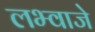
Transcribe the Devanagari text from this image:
लभ्वाजे